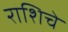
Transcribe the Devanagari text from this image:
राशिचे